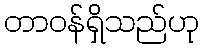
တာဝန်ရှိသည်ဟု